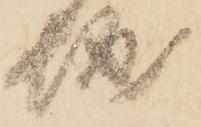
城